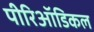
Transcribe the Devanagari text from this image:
पीरिऑडिकल